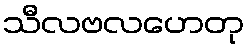
သီလဗလဟေတု